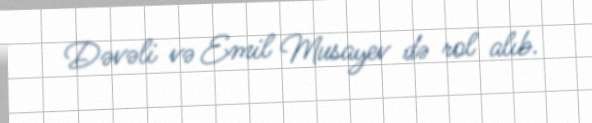
Dəvəli və Emil Musayev də rol alıb.